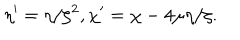
\eta ^ { \prime } = \eta / \zeta ^ { 2 } , \chi ^ { \prime } = \chi - 4 \mu \eta / \zeta .